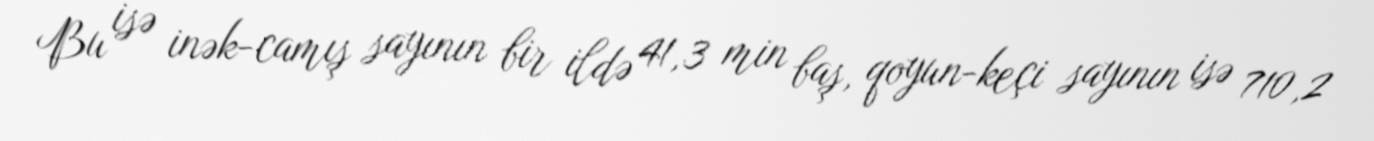
Bu isə inək-camış sayının bir ildə 41,3 min baş, qoyun-keçi sayının isə 710,2